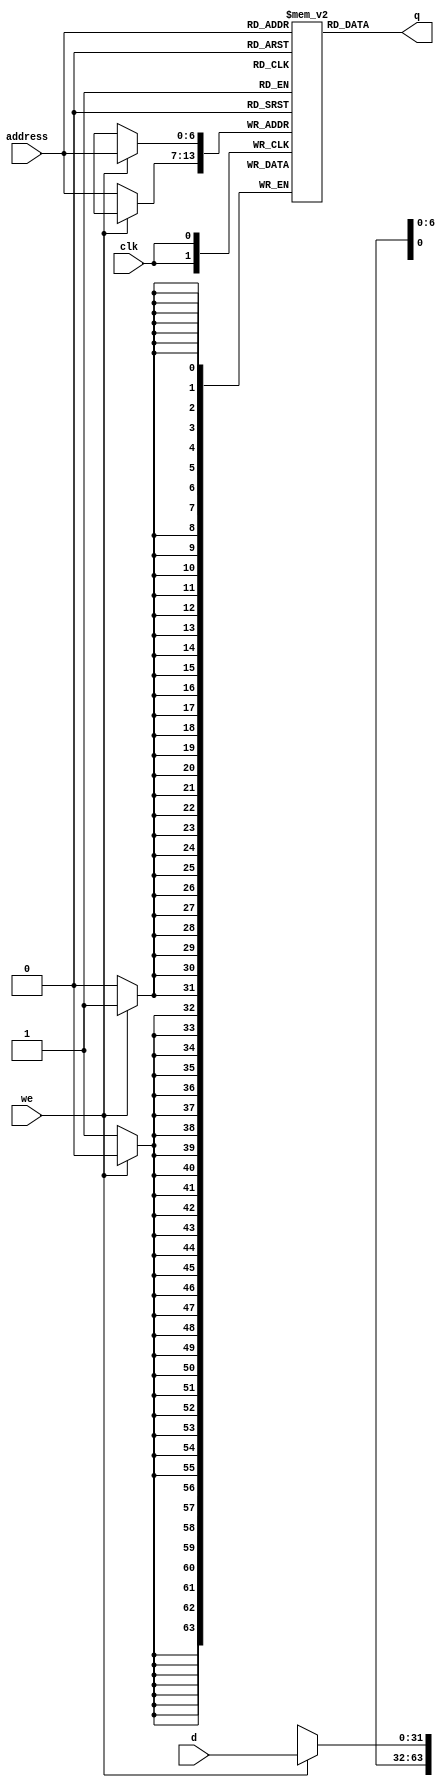
module glenn_RAM128x32

( //ports

input wire clk,

input wire we,

input wire [6:0] address,

input wire [31:0] d,

output reg [31:0] q

);
   
reg [31:0]MEMORY[2**7-1:0];

always@(posedge clk)

begin

if(we)

MEMORY[address]<=d;

else

MEMORY[address]<=32'hxxxxxxxx;

end

assign q=MEMORY[address];

endmodule